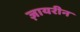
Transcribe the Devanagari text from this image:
ज़ायरीन